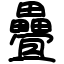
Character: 疊